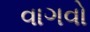
વાગવો